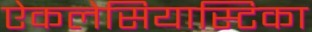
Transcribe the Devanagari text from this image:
ऐकलेसियास्टिका